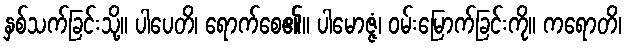
နှစ်သက်ခြင်းသို့။ ပါပေတိ၊ ရောက်စေ၏။ ပါမောဇ္ဇံ၊ ဝမ်းမြောက်ခြင်းကို။ ကရောတိ၊